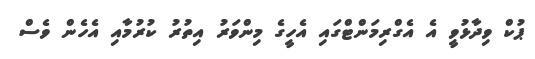
ޕުކް ވިދާޅުވީ އެ އެގްރިމަންޓްގައި އެހީގެ މިންވަރު އިތުރު ކުރުމާއި އެހެން ވެސް